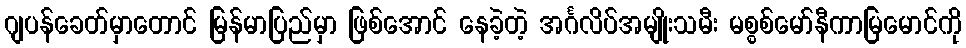
ဂျပန်ခေတ်မှာတောင် မြန်မာပြည်မှာ ဖြစ်အောင် နေခဲ့တဲ့ အင်္ဂလိပ်အမျိုးသမီး မစ္စစ်မော်နီကာမြမောင်ကို